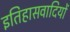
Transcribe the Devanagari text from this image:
इतिहासवादियों